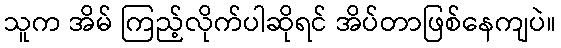
သူက အိမ် ကြည့်လိုက်ပါဆိုရင် အိပ်တာဖြစ်နေကျပဲ။